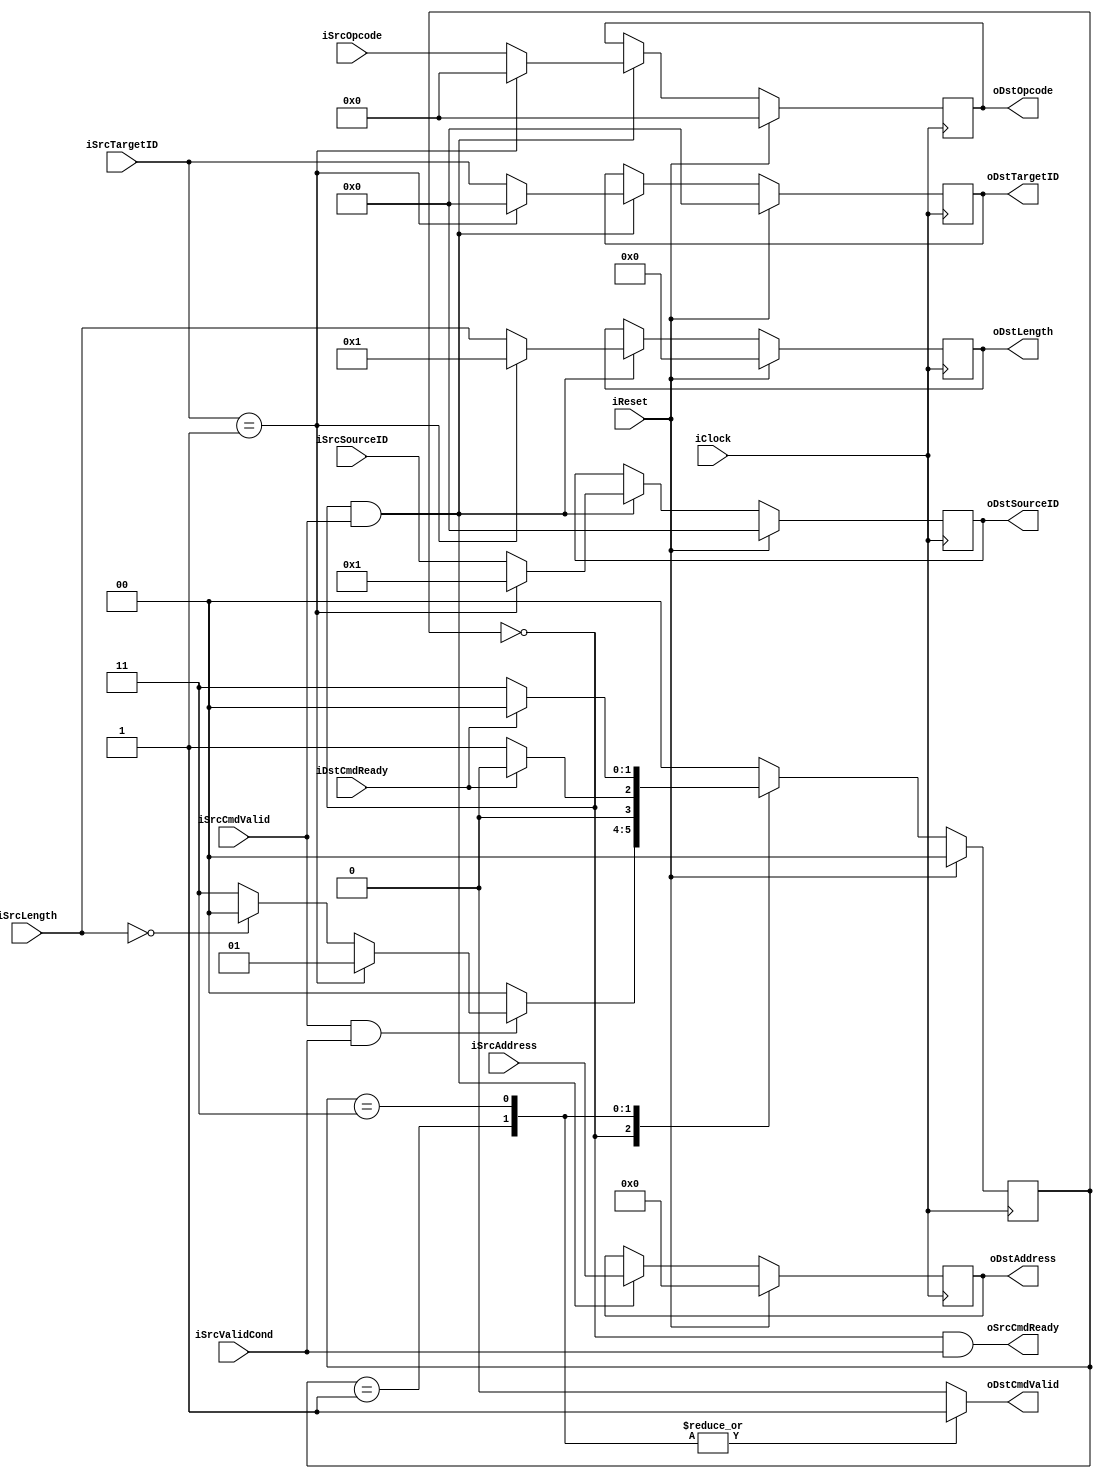
module CompletionCommandChannel
#
(
    parameter AddressWidth          = 32    ,
    parameter DataWidth             = 32    ,
    parameter InnerIFLengthWidth    = 16    ,
    parameter ThisID                = 1
)
(
    iClock          ,
    iReset          ,
    iSrcOpcode      ,
    iSrcTargetID    ,
    iSrcSourceID    ,
    iSrcAddress     ,
    iSrcLength      ,
    iSrcCmdValid    ,
    oSrcCmdReady    ,
    oDstOpcode      ,
    oDstTargetID    ,
    oDstSourceID    ,
    oDstAddress     ,
    oDstLength      ,
    oDstCmdValid    ,
    iDstCmdReady    ,
    iSrcValidCond
);

    input                               iClock          ;
    input                               iReset          ;
    
    // Master side
    input   [5:0]                       iSrcOpcode      ;
    input   [4:0]                       iSrcTargetID    ;
    input   [4:0]                       iSrcSourceID    ;
    input   [AddressWidth - 1:0]        iSrcAddress     ;
    input   [InnerIFLengthWidth - 1:0]  iSrcLength      ;
    input                               iSrcCmdValid    ;
    output                              oSrcCmdReady    ;
    
    // Slave side
    output  [5:0]                       oDstOpcode      ;
    output  [4:0]                       oDstTargetID    ;
    output  [4:0]                       oDstSourceID    ;
    output  [AddressWidth - 1:0]        oDstAddress     ;
    output  [InnerIFLengthWidth - 1:0]  oDstLength      ;
    output                              oDstCmdValid    ;
    input                               iDstCmdReady    ;
    
    input                               iSrcValidCond   ;
    
    reg     [5:0]                       rOpcode         ;
    reg     [4:0]                       rTargetID       ;
    reg     [4:0]                       rSourceID       ;
    reg     [AddressWidth - 1:0]        rAddress        ;
    reg     [InnerIFLengthWidth - 1:0]  rLength         ;
    reg                                 rDstCValid      ;
    
    assign oDstOpcode       = rOpcode       ;
    assign oDstTargetID     = rTargetID     ;
    assign oDstSourceID     = rSourceID     ;
    assign oDstAddress      = rAddress      ;
    assign oDstLength       = rLength       ;
    assign oDstCmdValid     = rDstCValid    ;
    
    localparam  State_Idle              = 2'b00;
    localparam  State_ReportCmpltReq    = 2'b01;
    localparam  State_ForwardReq        = 2'b11;
    reg [1:0]   rCmdChCurState  ;
    reg [1:0]   rCmdChNextState ;
    
    always @ (posedge iClock)
        if (iReset)
            rCmdChCurState <= State_Idle;
        else
            rCmdChCurState <= rCmdChNextState;
    
    always @ (*)
        case (rCmdChCurState)
        State_Idle:
            if (iSrcCmdValid && iSrcValidCond)
            begin
                if (iSrcTargetID == ThisID)
                    rCmdChNextState <= State_ReportCmpltReq;
                else if (iSrcLength == 0)
                    rCmdChNextState <= State_Idle;
                else
                    rCmdChNextState <= State_ForwardReq;
            end
            else
                rCmdChNextState <= State_Idle;
        State_ReportCmpltReq:
            rCmdChNextState <= (iDstCmdReady)?State_Idle:State_ReportCmpltReq;
        State_ForwardReq:
            rCmdChNextState <= (iDstCmdReady)?State_Idle:State_ForwardReq;
        default:
            rCmdChNextState <= State_Idle;
        endcase
    
    assign oSrcCmdReady = (rCmdChCurState == State_Idle) && (iSrcValidCond);
    
    always @ (posedge iClock)
        if (iReset)
        begin
            rOpcode     <= 6'b0;
            rTargetID   <= 5'b0;
            rSourceID   <= 5'b0;
            rAddress    <= {(AddressWidth){1'b0}};
            rLength     <= {(InnerIFLengthWidth){1'b0}};
        end
        else
        begin
            if (rCmdChCurState == State_Idle && iSrcCmdValid)
            begin
                if (iSrcTargetID == ThisID)
                begin
                    rOpcode     <= 6'b0         ;
                    rTargetID   <= 5'b0         ;
                    rSourceID   <= ThisID       ;
                    rAddress    <= iSrcAddress  ;
                    rLength     <= 1            ;
                end
                else
                begin
                    rOpcode     <= iSrcOpcode   ;
                    rTargetID   <= iSrcTargetID ;
                    rSourceID   <= iSrcSourceID ;
                    rAddress    <= iSrcAddress  ;
                    rLength     <= iSrcLength   ;
                end
            end
        end
    
    always @ (*)
        case (rCmdChCurState)
        State_ReportCmpltReq:
            rDstCValid <= 1'b1;
        State_ForwardReq:
            rDstCValid <= 1'b1;
        default:
            rDstCValid <= 1'b0;
        endcase

endmodule